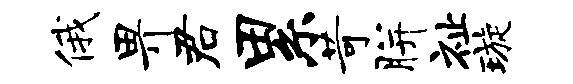
俄畀君累苛胼祉璇